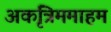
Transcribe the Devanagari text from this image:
अकृत्रिममाहम